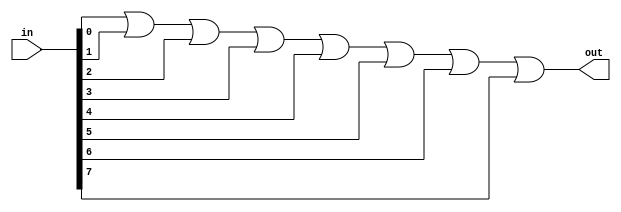
//Modulo de Compactador de Bit:
//Entradas: 	
//		in: entrada
//Saidas:	
//		out: saida
module nR_BitCmp(in,out);
	input[7:0] in;
	output out;
	assign out =in[0]|in[1]|in[2]|in[3]|in[4]|in[5]|in[6]|in[7];
endmodule

//Modulo de Extensor de Bit:
//Entradas: 	
//		in: entrada
//Saidas:	
//		out: saida
module nR_BitExt(in,out);
	input[3:0] in;
	output[7:0] out;
	assign out = {4'b0000,in};
endmodule